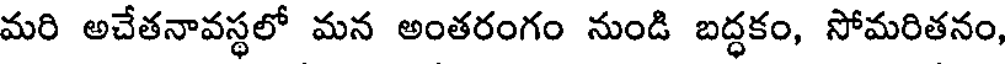
మరి అచేతనావస్థలో మన అంతరంగం నుండి బద్ధకం, సోమరితనం,